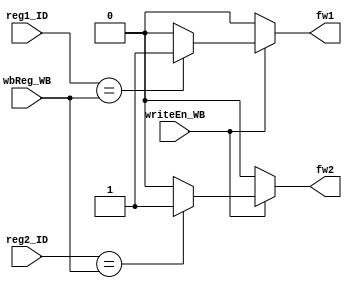
module ForwardingUnit(reg1_ID, reg2_ID, wbReg_WB, writeEn_WB,
                      fw1, fw2);

    input [2:0]      reg1_ID,
                     reg2_ID,
                     wbReg_WB;
    input            writeEn_WB;
    output reg  fw1, fw2;

    always@(*) begin
        fw1 = 1'b0;
        fw2 = 1'b0;
        if (writeEn_WB) begin
            if (reg1_ID == wbReg_WB)
                fw1 = 1'b1;
            if (reg2_ID == wbReg_WB)
                fw2 = 1'b1;
        end
    end
endmodule